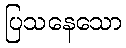
ပြသနေသော